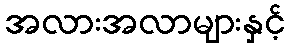
အလားအလာများနှင့်